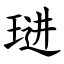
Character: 琎